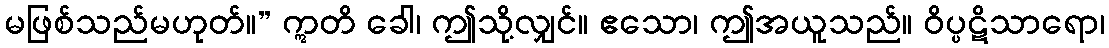
မဖြစ်သည်မဟုတ်။” ဣတိ ခေါ၊ ဤသို့လျှင်။ ဧသော၊ ဤအယူသည်။ ဝိပ္ပဋိသာရော၊